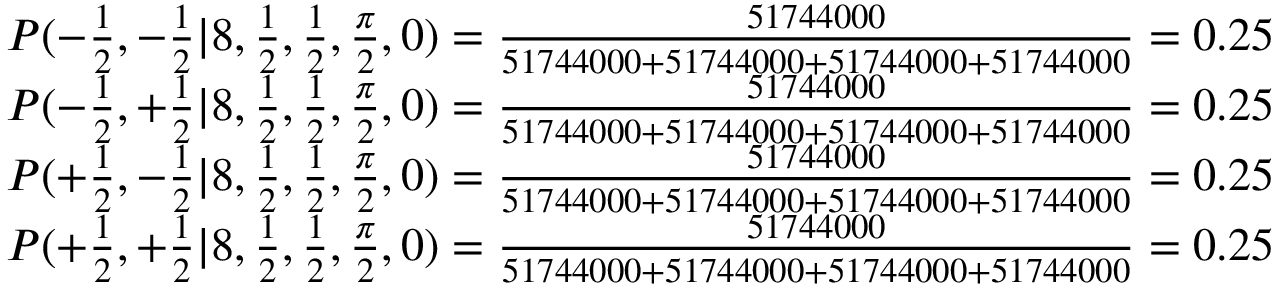
\begin{array} { c c } { P ( - \frac { 1 } { 2 } , - \frac { 1 } { 2 } | 8 , \frac { 1 } { 2 } , \frac { 1 } { 2 } , \frac { \pi } { 2 } , 0 ) = \frac { 5 1 7 4 4 0 0 0 } { 5 1 7 4 4 0 0 0 + 5 1 7 4 4 0 0 0 + 5 1 7 4 4 0 0 0 + 5 1 7 4 4 0 0 0 } = 0 . 2 5 } \\ { P ( - \frac { 1 } { 2 } , + \frac { 1 } { 2 } | 8 , \frac { 1 } { 2 } , \frac { 1 } { 2 } , \frac { \pi } { 2 } , 0 ) = \frac { 5 1 7 4 4 0 0 0 } { 5 1 7 4 4 0 0 0 + 5 1 7 4 4 0 0 0 + 5 1 7 4 4 0 0 0 + 5 1 7 4 4 0 0 0 } = 0 . 2 5 } \\ { P ( + \frac { 1 } { 2 } , - \frac { 1 } { 2 } | 8 , \frac { 1 } { 2 } , \frac { 1 } { 2 } , \frac { \pi } { 2 } , 0 ) = \frac { 5 1 7 4 4 0 0 0 } { 5 1 7 4 4 0 0 0 + 5 1 7 4 4 0 0 0 + 5 1 7 4 4 0 0 0 + 5 1 7 4 4 0 0 0 } = 0 . 2 5 } \\ { P ( + \frac { 1 } { 2 } , + \frac { 1 } { 2 } | 8 , \frac { 1 } { 2 } , \frac { 1 } { 2 } , \frac { \pi } { 2 } , 0 ) = \frac { 5 1 7 4 4 0 0 0 } { 5 1 7 4 4 0 0 0 + 5 1 7 4 4 0 0 0 + 5 1 7 4 4 0 0 0 + 5 1 7 4 4 0 0 0 } = 0 . 2 5 } \end{array}